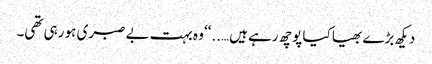
دیکھ بڑے بھیا کیا پوچھ رہے ہیں…..‘‘ وہ بہت بے صبری ہو رہی تھی۔